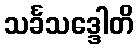
သင်္ခသဒ္ဒေါတိ